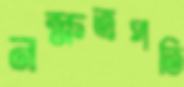
নক্ষত্রপতি